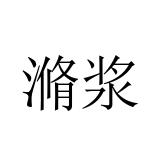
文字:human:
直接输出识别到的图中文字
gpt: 滫浆